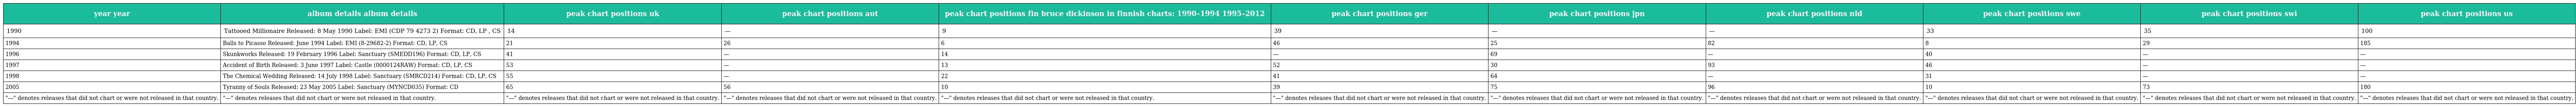
| year year | album details album details | peak chart positions uk | peak chart positions aut | peak chart positions fin bruce dickinson in finnish charts: 1990–1994 1995–2012 | peak chart positions ger | peak chart positions jpn | peak chart positions nld | peak chart positions swe | peak chart positions swi | peak chart positions us |
 | --- | --- | --- | --- | --- | --- | --- | --- | --- | --- | --- |
 | 1990 | Tattooed Millionaire Released: 8 May 1990 Label: EMI (CDP 79 4273 2) Format: CD, LP , CS | 14 | — | 9 | 39 | — | — | 33 | 35 | 100 |
 | 1994 | Balls to Picasso Released: June 1994 Label: EMI (8-29682-2) Format: CD, LP, CS | 21 | 26 | 6 | 46 | 25 | 82 | 8 | 29 | 185 |
 | 1996 | Skunkworks Released: 19 February 1996 Label: Sanctuary (SMEDD196) Format: CD, LP, CS | 41 | — | 14 | — | 69 | — | 40 | — | — |
 | 1997 | Accident of Birth Released: 3 June 1997 Label: Castle (0000124RAW) Format: CD, LP, CS | 53 | — | 13 | 52 | 30 | 93 | 46 | — | — |
 | 1998 | The Chemical Wedding Released: 14 July 1998 Label: Sanctuary (SMRCD214) Format: CD, LP, CS | 55 | — | 22 | 41 | 64 | — | 31 | — | — |
 | 2005 | Tyranny of Souls Released: 23 May 2005 Label: Sanctuary (MYNCD035) Format: CD | 65 | 56 | 10 | 39 | 75 | 96 | 10 | 73 | 180 |
 | "—" denotes releases that did not chart or were not released in that country. | "—" denotes releases that did not chart or were not released in that country. | "—" denotes releases that did not chart or were not released in that country. | "—" denotes releases that did not chart or were not released in that country. | "—" denotes releases that did not chart or were not released in that country. | "—" denotes releases that did not chart or were not released in that country. | "—" denotes releases that did not chart or were not released in that country. | "—" denotes releases that did not chart or were not released in that country. | "—" denotes releases that did not chart or were not released in that country. | "—" denotes releases that did not chart or were not released in that country. | "—" denotes releases that did not chart or were not released in that country. |